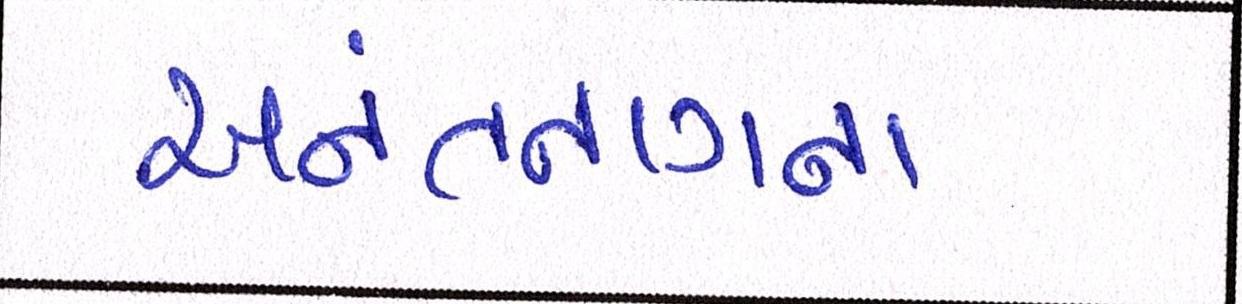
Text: અનંતનાગના